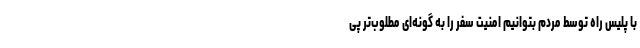
با پلیس راه توسط مردم بتوانیم امنیت سفر را به گونه‌ای مطلوب‌تر پی